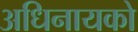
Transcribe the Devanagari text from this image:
अधिनायको